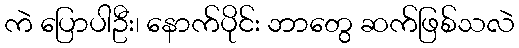
ကဲ ပြောပါဦး၊ နောက်ပိုင်း ဘာတွေ ဆက်ဖြစ်သလဲ